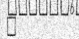
٨